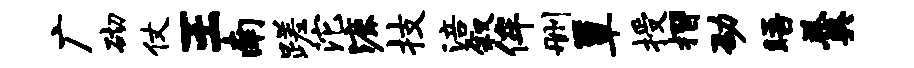
广砌仗王南蹉沱漉技涪叙侔删簟授摺劭晤羹